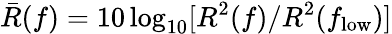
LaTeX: \bar{R}(f)=10\log_{10}[R^{2}(f)/R^{2}(f_{\mathrm{low}})]